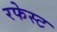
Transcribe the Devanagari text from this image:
रफेस्ट